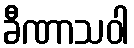
ခီဏာသဝါ